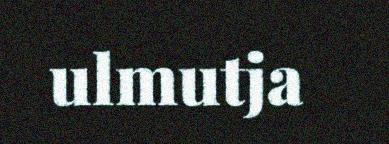
ulmutja